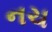
નચ